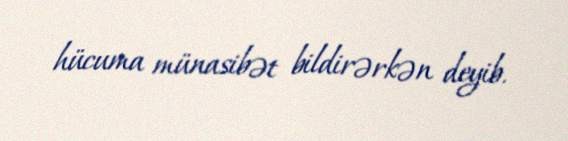
hücuma münasibət bildirərkən deyib.